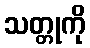
သတ္တုကို